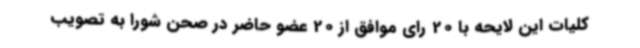
کلیات این لایحه با 20 رای موافق از 20 عضو حاضر در صحن شورا به تصویب